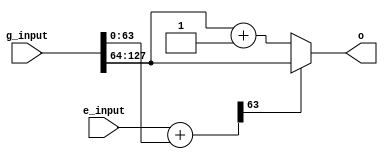
`timescale 1ns / 1ps
module relu(
    input [127:0] g_input, //mask
    input [63:0] e_input, //masked step input
    output [63:0] o
    );
    wire [63:0] mask1;
    wire [63:0] mask2;
    wire [63:0] unmasked;
    assign mask1 = g_input[63:0];
    assign mask2= g_input[127:64];
    assign unmasked = e_input + mask1; // "unmask" input
    assign o = (unmasked[63] == 0)? mask2 + 1 : mask2;   //if the sign bit is high, send masked zero on the output else send masked one
endmodule